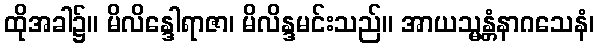
ထိုအခါ၌။ မိလိန္ဒေါရာဇာ၊ မိလိန္ဒမင်းသည်။ အာယသ္မန္တံနာဂသေနံ၊